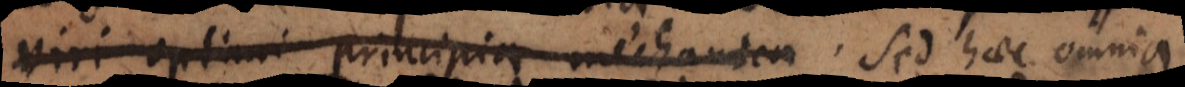
viri optimi principia mechanica haec omnia